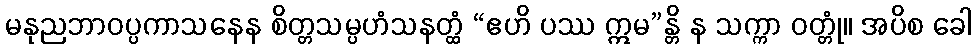
မနုညဘာဝပ္ပကာသနေန စိတ္တသမ္ပဟံသနတ္ထံ “ဧဟိ ပဿ ဣမ”န္တိ န သက္ကာ ဝတ္တုံ။ အပိစ ခေါ